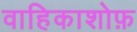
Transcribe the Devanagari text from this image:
वाहिकाशोफ़